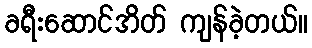
ခရီးဆောင်အိတ် ကျန်ခဲ့တယ်။